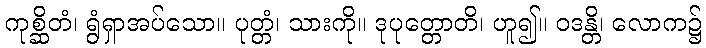
ကုစ္ဆိတံ၊ ရွံရှာအပ်သော။ ပုတ္တံ၊ သားကို။ ဒုပုတ္တောတိ၊ ဟူ၍။ ဝဒန္တိ၊ လောက၌